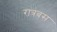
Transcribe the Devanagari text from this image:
रात्रबस